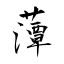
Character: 藫